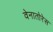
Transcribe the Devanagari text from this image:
वेनातोरेस